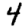
Digit: 4